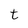
Character: t